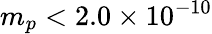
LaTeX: m_{p}<2.0\times 10^{-10}